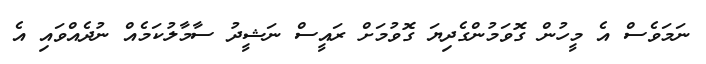
ނަމަވެސް އެ މީހުން ގޮވަމުންގެދިޔަ ގޮވުމަށް ރައީސް ނަޝީދު ސާމާލުކަމެއް ނުދެއްވައި އެ